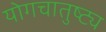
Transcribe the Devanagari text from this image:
योगचातुष्ट्य